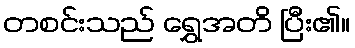
တစင်းသည် ရွှေအတိ ပြီး၏။